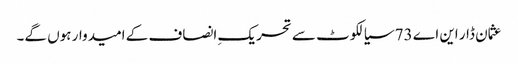
عثمان ڈار این اے 73 سیالکوٹ سے تحریکِ انصاف کے امیدوار ہوں گے۔